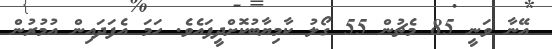
އޭނާ ވަނީ 85 މެޗުން 55 ގޯލު ކާމިޔާބުކޮށްދީފައެވެ. ހަމަ އެފަދައިން އުމުރުން